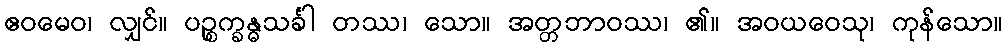
ဧဝမေဝ၊ လျှင်။ ပဉ္စက္ခန္ဓသင်္ခါ တဿ၊ သော။ အတ္တဘာဝဿ၊ ၏။ အဝယဝေသု၊ ကုန်သော။